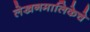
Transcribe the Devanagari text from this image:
लेखनमालिकेचे